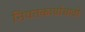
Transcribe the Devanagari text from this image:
नियतकार्यासाठी